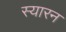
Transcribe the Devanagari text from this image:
स्यारन